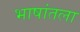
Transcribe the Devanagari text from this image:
भाषांतला